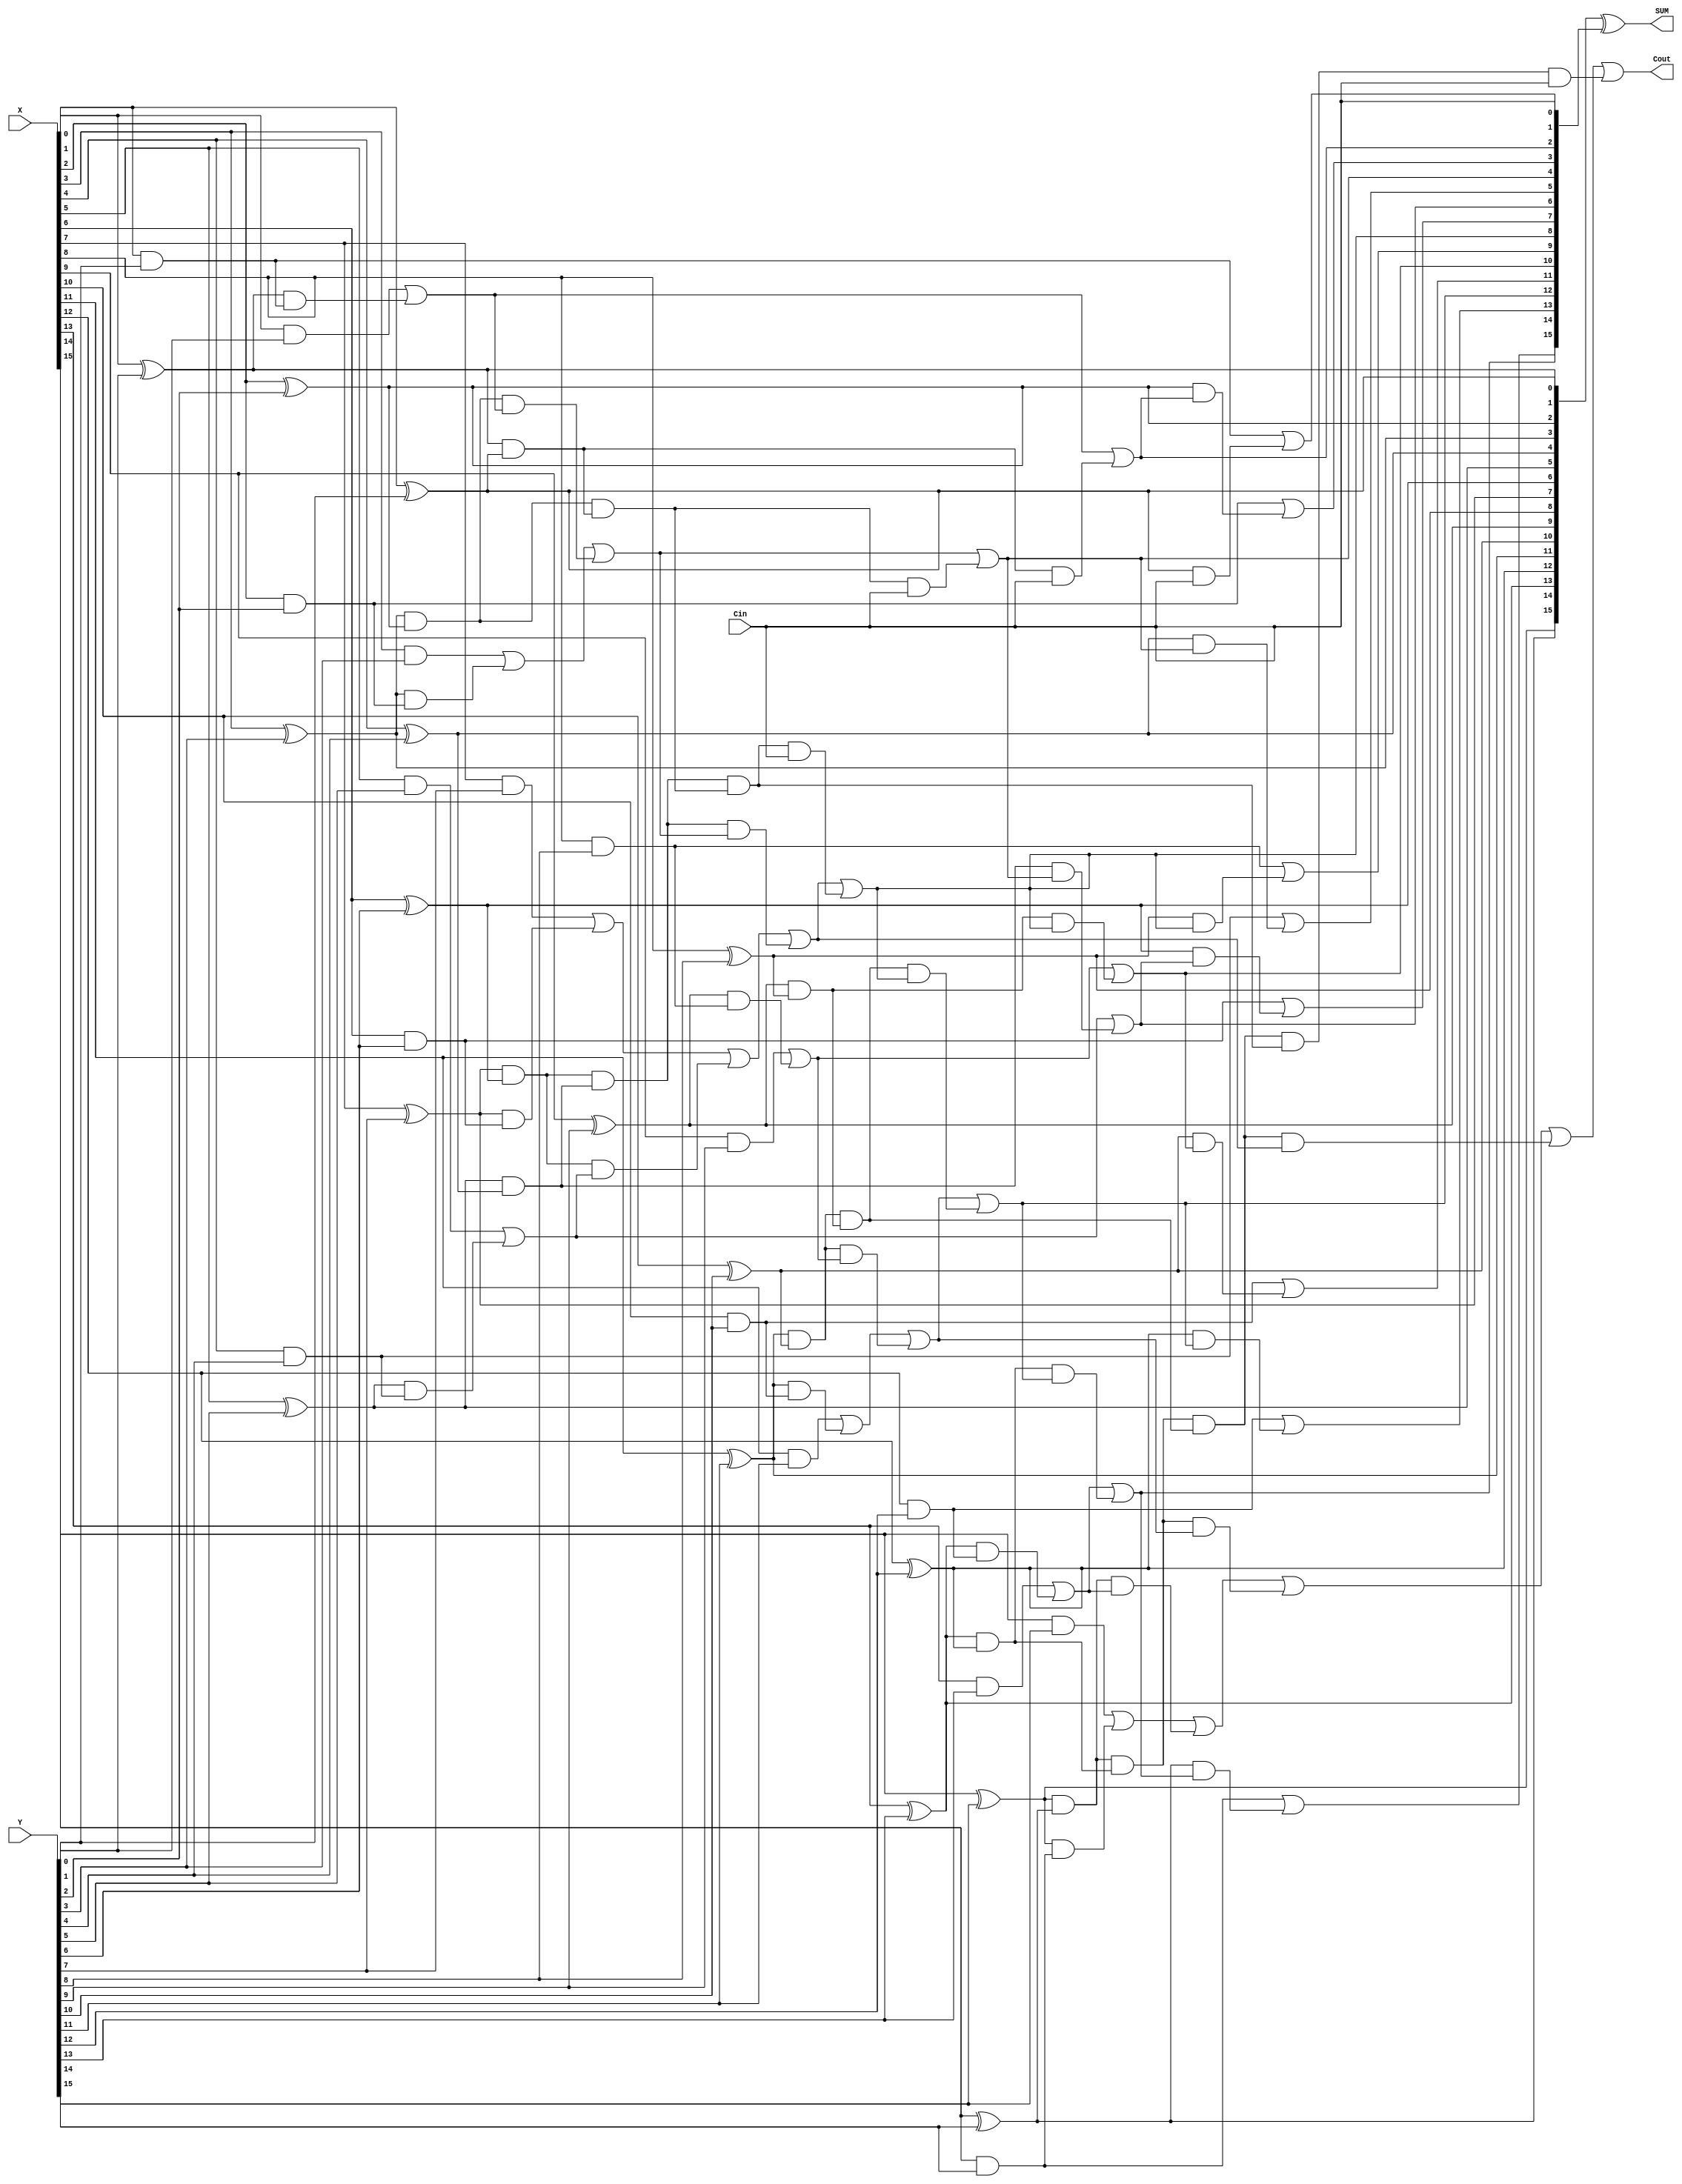
`timescale 1ns / 1ps




module Brentkung_adder (X,Y,Cin,Cout,SUM);
input [15:0] X,Y;
input Cin;
output Cout;
output [15:0] SUM;
//stage 1


wire [15:0] g1,p1;
genvar k;
generate
	for (k=0;k<=15;k=k+1)
		begin : s1
			and  (g1[k],X[k],Y[k]);
			xor (p1[k],X[k],Y[k]);
	end
endgenerate

//stage 2
wire [7:0] g2,p2;
generate
	for (k=0;k<=7;k=k+1)
		begin :s2
			assign g2[k] = g1[2*k+1]  | ( p1[2*k+1] & g1[2*k] ) ;
			and (p2[k],p1[2*k +1],p1[2*k]);
		end
endgenerate
		
//stage 3
		
wire [3:0] g3,p3;
generate 
			for(k=0;k<=3;k=k+1)
				begin :s3	
					assign g3[k] = g2[2*k+1]  | ( p2[2*k+1] & g2[2*k] ) ;
					and (p3[k],p2[2*k +1],p2[2*k]);
				end
endgenerate

//stage 4
wire [1:0] g4,p4;
generate 
			for(k=0;k<=1;k=k+1)
				begin	:s4
						assign g4[k] = g3[2*k+1]  | ( p3[2*k+1] & g3[2*k] ) ;
					and (p4[k],p3[2*k +1],p3[2*k]);
				end
endgenerate


//stage 5
wire g5,p5;
assign g5 = g4[1] | ( p4[1] & g4[0] );
and (p5,p4[1],p4[0]);


wire [16:0] C;

assign C[0] = Cin;
assign C[1] = g1[0] | (p1[0]&C[0]);
assign C[2] = g2[0] | (p2[0]&C[0]);
assign C[4] = g3[0] | (p3[0]&C[0]);
assign C[8] = g4[0] | (p4[0]&C[0]);
assign C[16] = g5 | (p5&C[0]);

assign C[3] = g1[2] | (p1[2]&C[2]);
assign C[5] = g1[4] | (p1[4]&C[4]);
assign C[9] = g1[8] | (p1[8]&C[8]);
assign C[6] = g2[2] | (p2[2]&C[4]);
assign C[10] = g2[4] | (p2[4]&C[8]);
assign C[12] = g3[2] | (p3[2]&C[8]);

assign C[7] = g1[6] | (p1[6]&C[6]);
assign C[11] = g1[10] | (p1[10]&C[10]);
assign C[13] = g1[12] | (p1[12]&C[12]);
assign C[14] = g2[6] | (p2[6]&C[12]);
assign C[15] = g1[14] | (p1[14]&C[14]);

assign SUM[15:0] = p1[15:0] ^ C[15:0];

assign Cout = C[16];


endmodule